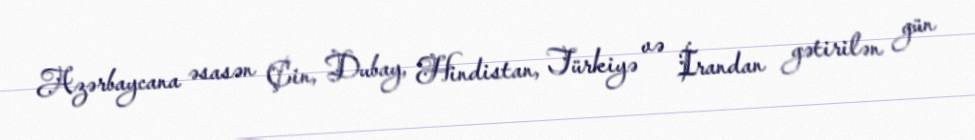
Azərbaycana əsasən Çin, Dubay, Hindistan, Türkiyə və İrandan gətirilən gün